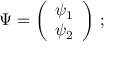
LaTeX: \Psi = \left( \begin{array} { c l c r } { { \psi _ { 1 } } } \\ { { \psi _ { 2 } } } \end{array} \right) \, ;